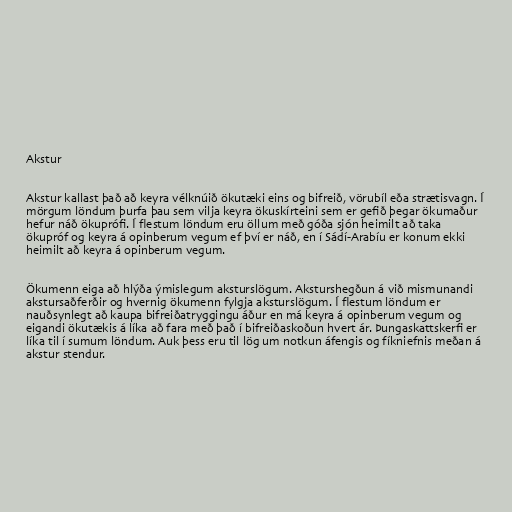
Akstur

Akstur kallast það að keyra vélknúið ökutæki eins og bifreið, vörubíl eða strætisvagn. Í
mörgum löndum þurfa þau sem vilja keyra ökuskírteini sem er gefið þegar ökumaður
hefur náð ökuprófi. Í flestum löndum eru öllum með góða sjón heimilt að taka
ökupróf og keyra á opinberum vegum ef því er náð, en í Sádí-Arabíu er konum ekki
heimilt að keyra á opinberum vegum.

Ökumenn eiga að hlýða ýmislegum aksturslögum. Aksturshegðun á við mismunandi
akstursaðferðir og hvernig ökumenn fylgja aksturslögum. Í flestum löndum er
nauðsynlegt að kaupa bifreiðatryggingu áður en má keyra á opinberum vegum og
eigandi ökutækis á líka að fara með það í bifreiðaskoðun hvert ár. Þungaskattskerfi er
líka til í sumum löndum. Auk þess eru til lög um notkun áfengis og fíkniefnis meðan á
akstur stendur.